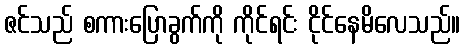
ဇင်သည် စကားပြောခွက်ကို ကိုင်ရင်း ငိုင်နေမိလေသည်။